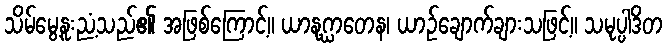
သိမ်မွေ့နူးညံ့သည်၏ အဖြစ်ကြောင့်။ ယာနုဂ္ဃာတေန၊ ယာဉ်ချောက်ချားသဖြင့်။ သမုပ္ပါဒိတ